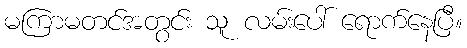
မကြာမတင်အတွင်း သူ လမ်းပေါ် ရောက်နေပြီ။